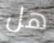
هل